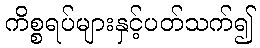
ကိစ္စရပ်များနှင့်ပတ်သက်၍